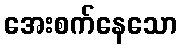
အေးစက်နေသော